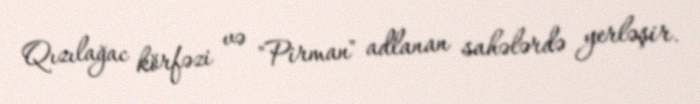
Qızılağac körfəzi və "Pirman" adlanan sahələrdə yerləşir.